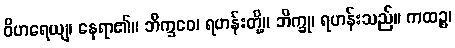
ဝိဟရေယျ၊ နေရာ၏။ ဘိက္ခဝေ၊ ရဟန်းတို့။ ဘိက္ခု၊ ရဟန်းသည်။ ကထဉ္စ၊